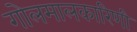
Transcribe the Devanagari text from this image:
गोलमालकारिणी